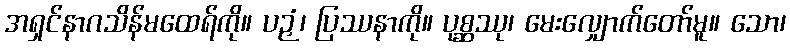
အရှင်နာဂသိန်မထေရ်ကို။ ပဉှံ၊ ပြဿနာကို။ ပုစ္ဆဿု၊ မေးလျှောက်တော်မူ။ သော၊